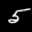
Label: 5